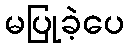
မပြုခဲ့ပေ